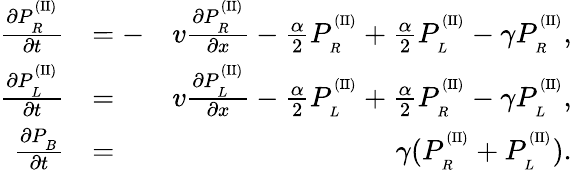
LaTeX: \begin{array}{rlr}{\frac{\partial P_{_R}^{^{(\mathrm{II})}}}{\partial t}}&{=-}&{v\frac{\partial P_{_R}^{^{(\mathrm{II})}}}{\partial x}-\frac{\alpha}{2}P_{_R}^{^{(\mathrm{II})}}+\frac{\alpha}{2}P_{_L}^{^{(\mathrm{II})}}-\gamma P_{_R}^{^{(\mathrm{II})}},}\\ {\frac{\partial P_{_L}^{^{(\mathrm{II})}}}{\partial t}}&{=}&{v\frac{\partial P_{_L}^{^{(\mathrm{II})}}}{\partial x}-\frac{\alpha}{2}P_{_L}^{^{(\mathrm{II})}}+\frac{\alpha}{2}P_{_R}^{^{(\mathrm{II})}}-\gamma P_{_L}^{^{(\mathrm{II})}},}\\ {\frac{\partial P_{_B}}{\partial t}}&{=}&{\gamma(P_{_R}^{^{(\mathrm{II})}}+P_{_L}^{^{(\mathrm{II})}}).}\end{array}